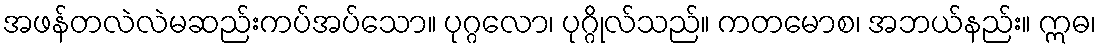
အဖန်တလဲလဲမဆည်းကပ်အပ်သော။ ပုဂ္ဂလော၊ ပုဂ္ဂိုလ်သည်။ ကတမောစ၊ အဘယ်နည်း။ ဣဓ၊